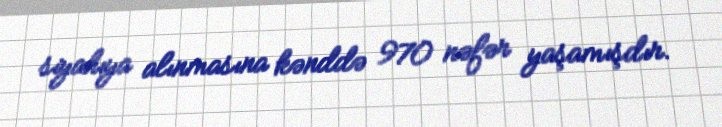
siyahıya alınmasına kənddə 970 nəfər yaşamışdır.